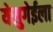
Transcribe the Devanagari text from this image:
येसुगेईला